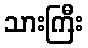
သားကြီး